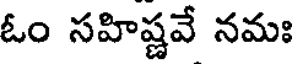
ఓం సహిష్ణవే నమః